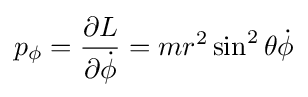
p_{\phi }={\frac {\partial L}{\partial {\dot {\phi }}}}=mr^{2}\sin ^{2}\theta {\dot {\phi }}